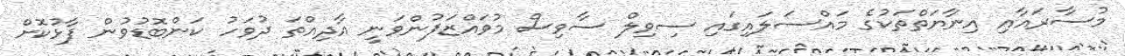
މުސާރައާއި އިނާޔަތްތަކުގެ މައްސަލައިގައި ސިވިލް ސާވިސް މުވައްޒަފުންވަނީ އާދިއްތަ ދުވަހު ކަންބޮޑުވުން ފާޅުކޮށް